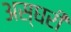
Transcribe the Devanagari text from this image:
अस्घरी